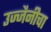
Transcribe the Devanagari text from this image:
उज्जैनीचा